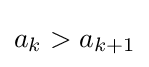
a_{k}>a_{k+1}